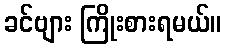
ခင်ဗျား ကြိုးစားရမယ်။